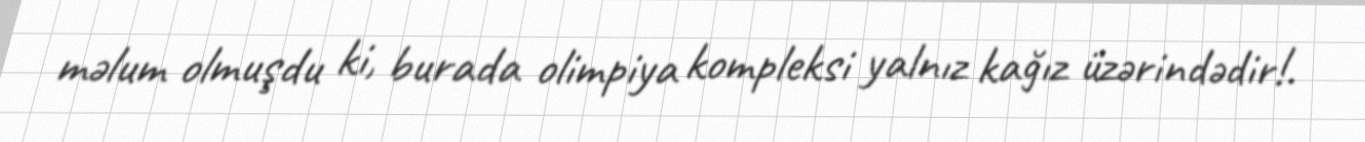
məlum olmuşdu ki, burada olimpiya kompleksi yalnız kağız üzərindədir!.